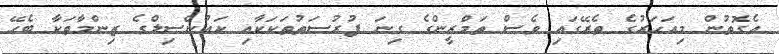
އެގޮތުން މިއަހަރުގެ ތެރޭގައި ވެސް ތަމްރީންގެ ގިނަ ފުރުސަތުތަކަކާއި ކައުންސިލްގެ ޒިންމާތަކާ ބެހޭ